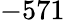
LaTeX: -571